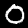
Label: 0